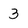
Character: 3